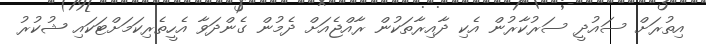
އިތުރަށް ސައުދީ ސަރުކާރުން އެކި ދާއިރާތަކުން ރާއްޖެއަށް ދެމުން ގެންދަވާ އެހީތެރިކަމަށްޓަކައި ޝުކުރު